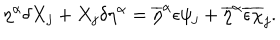
\eta ^ { \alpha } \delta X _ { j } + X _ { j } \delta \eta ^ { \alpha } = \overline { { { \eta } } } ^ { \alpha } \epsilon \psi _ { j } + \overline { { { \eta } } } ^ { \alpha } \overline { { { \epsilon } } } \overline { { { \chi } } } _ { j } .